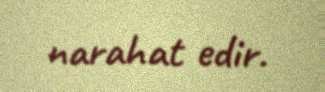
narahat edir.